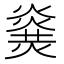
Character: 𤎫